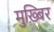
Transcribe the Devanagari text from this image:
मुख़्बिर